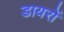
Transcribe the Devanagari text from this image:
डायरों